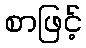
စာဖြင့်